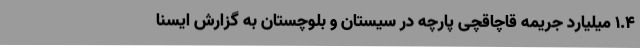
1.4 میلیارد جریمه قاچاقچی پارچه در سیستان و بلوچستان به گزارش ایسنا